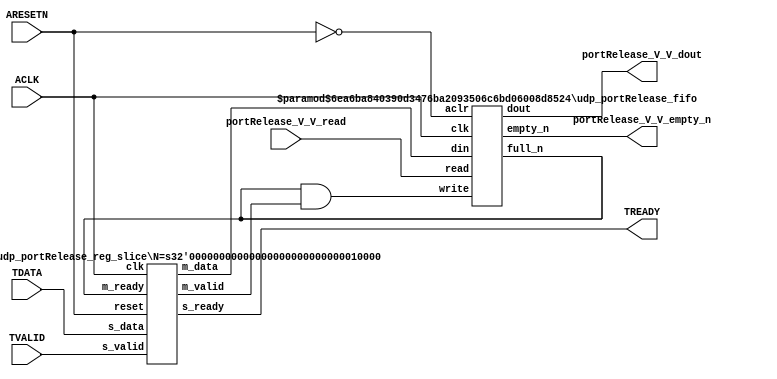
// ==============================================================
// File generated by Vivado(TM) HLS - High-Level Synthesis from C, C++ and SystemC
// Version: 2015.1
// Copyright (C) 2015 Xilinx Inc. All rights reserved.
// 
// ==============================================================


`timescale 1ns/1ps

module udp_portRelease_if (
    // AXI4-Stream singals
    input  wire        ACLK,
    input  wire        ARESETN,
    input  wire        TVALID,
    output wire        TREADY,
    input  wire [15:0] TDATA,
    // User signals
    output wire [15:0] portRelease_V_V_dout,
    output wire        portRelease_V_V_empty_n,
    input  wire        portRelease_V_V_read
);
//------------------------Local signal-------------------
// FIFO
wire [0:0]  fifo_write;
wire [0:0]  fifo_full_n;
wire [15:0] portRelease_V_V_din;
wire [0:0]  portRelease_V_V_full_n;
// register slice
wire [0:0]  s_valid;
wire [0:0]  s_ready;
wire [15:0] s_data;
wire [0:0]  m_valid;
wire [0:0]  m_ready;
wire [15:0] m_data;

//------------------------Instantiation------------------
// rs
udp_portRelease_reg_slice #(
    .N       ( 16 )
) rs (
    .clk     ( ACLK ),
    .reset   ( ARESETN ),
    .s_data  ( s_data ),
    .s_valid ( s_valid ),
    .s_ready ( s_ready ),
    .m_data  ( m_data ),
    .m_valid ( m_valid ),
    .m_ready ( m_ready )
);

// portRelease_V_V_fifo
udp_portRelease_fifo #(
    .DATA_BITS  ( 16 ),
    .DEPTH_BITS ( 4 )
) portRelease_V_V_fifo (
    .clk        ( ACLK ),
    .aclr       ( ~ARESETN ),
    .empty_n    ( portRelease_V_V_empty_n ),
    .full_n     ( portRelease_V_V_full_n ),
    .read       ( portRelease_V_V_read ),
    .write      ( fifo_write ),
    .dout       ( portRelease_V_V_dout ),
    .din        ( portRelease_V_V_din )
);

//------------------------Body---------------------------
//++++++++++++++++++++++++AXI4-Stream++++++++++++++++++++
assign TREADY = s_ready;

//+++++++++++++++++++++++++++++++++++++++++++++++++++++++

//++++++++++++++++++++++++Reigister Slice++++++++++++++++
assign s_valid = TVALID;
assign m_ready = fifo_full_n;
assign s_data  = {TDATA[15:0]};

//+++++++++++++++++++++++++++++++++++++++++++++++++++++++

//++++++++++++++++++++++++FIFO+++++++++++++++++++++++++++
assign fifo_write          = fifo_full_n & m_valid;
assign portRelease_V_V_din = m_data[15:0];
assign fifo_full_n         = portRelease_V_V_full_n;

//+++++++++++++++++++++++++++++++++++++++++++++++++++++++

endmodule



`timescale 1ns/1ps

module udp_portRelease_fifo
#(parameter
    DATA_BITS  = 8,
    DEPTH_BITS = 4
)(
    input  wire                 clk,
    input  wire                 aclr,
    output wire                 empty_n,
    output wire                 full_n,
    input  wire                 read,
    input  wire                 write,
    output wire [DATA_BITS-1:0] dout,
    input  wire [DATA_BITS-1:0] din
);
//------------------------Parameter----------------------
localparam
    DEPTH = 1 << DEPTH_BITS;
//------------------------Local signal-------------------
reg                   empty;
reg                   full;
reg  [DEPTH_BITS-1:0] index;
reg  [DATA_BITS-1:0]  mem[0:DEPTH-1];
//------------------------Body---------------------------
assign empty_n = ~empty;
assign full_n  = ~full;
assign dout    = mem[index];

// empty
always @(posedge clk or posedge aclr) begin
    if (aclr)
        empty <= 1'b1;
    else if (empty & write & ~read)
        empty <= 1'b0;
    else if (~empty & ~write & read & (index==1'b0))
        empty <= 1'b1;
end

// full
always @(posedge clk or posedge aclr) begin
    if (aclr)
        full <= 1'b0;
    else if (full & read & ~write)
        full <= 1'b0;
    else if (~full & ~read & write & (index==DEPTH-2'd2))
        full <= 1'b1;
end

// index
always @(posedge clk or posedge aclr) begin
    if (aclr)
        index <= {DEPTH_BITS{1'b1}};
    else if (~empty & ~write & read)
        index <= index - 1'b1;
    else if (~full & ~read & write)
        index <= index + 1'b1;
end

// mem
always @(posedge clk) begin
    if (~full & write) mem[0] <= din;
end

genvar i;
generate
    for (i = 1; i < DEPTH; i = i + 1) begin : gen_sr
        always @(posedge clk) begin
            if (~full & write) mem[i] <= mem[i-1];
        end
    end
endgenerate

endmodule

`timescale 1ns/1ps

module udp_portRelease_reg_slice
#(parameter
    N = 8   // data width
) (
    // system signals
    input  wire         clk,
    input  wire         reset,
    // slave side
    input  wire [N-1:0] s_data,
    input  wire         s_valid,
    output wire         s_ready,
    // master side
    output wire [N-1:0] m_data,
    output wire         m_valid,
    input  wire         m_ready
);
//------------------------Parameter----------------------
// state
localparam [1:0]
    ZERO = 2'b10,
    ONE  = 2'b11,
    TWO  = 2'b01;
//------------------------Local signal-------------------
reg  [N-1:0] data_p1;
reg  [N-1:0] data_p2;
wire         load_p1;
wire         load_p2;
wire         load_p1_from_p2;
reg          s_ready_t;
reg  [1:0]   state;
reg  [1:0]   next;
//------------------------Body---------------------------
assign s_ready = s_ready_t;
assign m_data  = data_p1;
assign m_valid = state[0];

assign load_p1 = (state == ZERO && s_valid) ||
                 (state == ONE && s_valid && m_ready) ||
                 (state == TWO && m_ready);
assign load_p2 = s_valid & s_ready;
assign load_p1_from_p2 = (state == TWO);

// data_p1
always @(posedge clk) begin
    if (load_p1) begin
        if (load_p1_from_p2)
            data_p1 <= data_p2;
        else
            data_p1 <= s_data;
    end
end

// data_p2
always @(posedge clk) begin
    if (load_p2) data_p2 <= s_data;
end

// s_ready_t
always @(posedge clk) begin
    if (~reset)
        s_ready_t <= 1'b0;
    else if (state == ZERO)
        s_ready_t <= 1'b1;
    else if (state == ONE && next == TWO)
        s_ready_t <= 1'b0;
    else if (state == TWO && next == ONE)
        s_ready_t <= 1'b1;
end

// state
always @(posedge clk) begin
    if (~reset)
        state <= ZERO;
    else
        state <= next;
end

// next
always @(*) begin
    case (state)
        ZERO:
            if (s_valid & s_ready)
                next = ONE;
            else
                next = ZERO;
        ONE:
            if (~s_valid & m_ready)
                next = ZERO;
            else if (s_valid & ~m_ready)
                next = TWO;
            else
                next = ONE;
        TWO:
            if (m_ready)
                next = ONE;
            else
                next = TWO;
        default:
            next = ZERO;
    endcase
end

endmodule